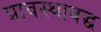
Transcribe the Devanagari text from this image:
प्रावस्थाबद्ध